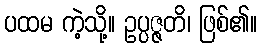
ပထမ ကဲ့သို့။ ဥပ္ပဇ္ဇတိ၊ ဖြစ်၏။